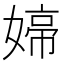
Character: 𭒑